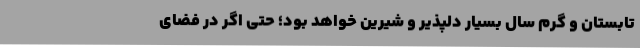
تابستان و گرم سال بسیار دلپذیر و شیرین خواهد بود؛ حتی اگر در فضای